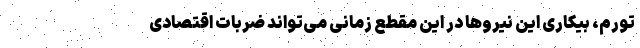
تورم، بیکاری این نیروها در این مقطع زمانی می‌تواند ضربات اقتصادی